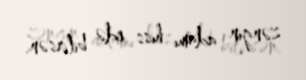
zəngin adamı hiss edə bilirsən.